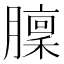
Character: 𦡣